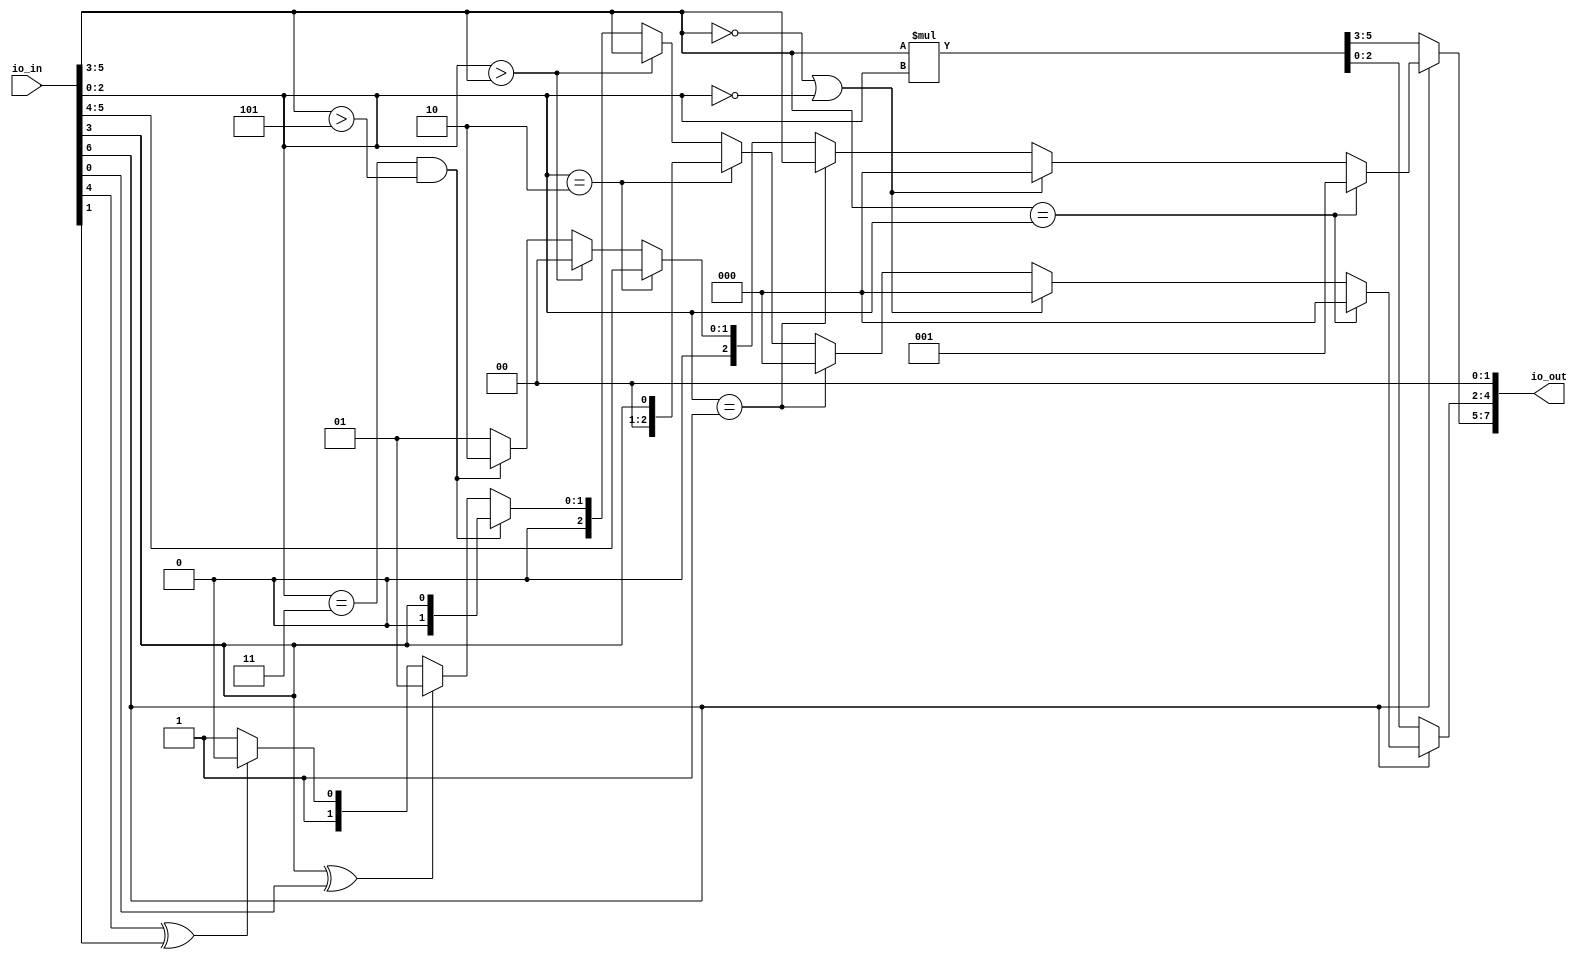
`default_nettype none

module yannickreiss_dot_op(
  input [0:7] io_in,
  output reg [0:7] io_out
);
  // Inputs
  wire no_clk;
  wire op_code;
  wire [0:2] op1;
  wire [0:2] op2;

  // Outputs
  //    multiplication
  wire [0:5] product;

  //    division
  reg [0:2] quotient;
  reg [0:2] reminder;


  // Here is the connection to input and output
  assign no_clk = io_in[0];
  assign op_code = io_in[1];
  assign op1 = io_in[2:4];
  assign op2 = io_in[5:7];

  always @(io_in) begin
    if (op_code) begin
      io_out[0:2] = quotient;
      io_out[3:5] = reminder;
    end else begin
      io_out[0:5] = product;
    end
     io_out[6:7] = 2'b00;
     
  end

  // Here is the logic
  assign  product = op1 * op2;

  always @(*) begin
    
    // check middle axis
    if (op1 == op2) begin
      quotient = 3'b001;
      reminder =  3'b000;
    end else if ((op1 == 3'b000) | (op2 == 3'b000)) begin
      quotient = 3'b000;
      reminder = 3'b000;
    end else if (op2 == 3'b001) begin
      quotient = op1;
      reminder = 3'b000;
    end else if (op2 == 3'b010) begin
      reminder = {2'b00, op1[2]};
      quotient = {1'b0, op1[0:1]};
    end else if (op2 > op1) begin
      quotient = 3'b000;
      reminder = op1;
    end else if (((op2 == 3'b011) && (op1 > 3'b101))) begin
       quotient = 3'b010;
       reminder = {2'b00, op1[2]};
    end else begin       
      quotient = 3'b001;
      if (op1[2] ^ op2[2]) begin
        reminder = 3'b001;
      end else if (op1[1] ^ op2[1]) begin
        reminder = 3'b010;
      end else reminder = 3'b011;
    end
  end
endmodule